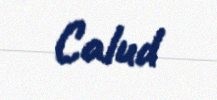
Calud